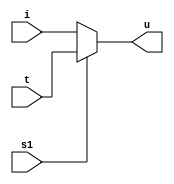
module mux_21opration(u,i,t,s1);
input i;	
input t;
input s1;
output u;
assign 
u=(s1==0?i:t);
endmodule